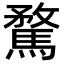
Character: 騖